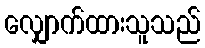
လျှောက်ထားသူသည်